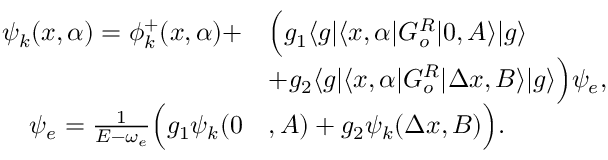
\begin{array} { r l } { \psi _ { k } ( x , \alpha ) = \phi _ { k } ^ { + } ( x , \alpha ) + } & { \Big ( g _ { 1 } \langle g | \langle x , \alpha | G _ { o } ^ { R } | 0 , A \rangle | g \rangle } \\ & { + g _ { 2 } \langle g | \langle x , \alpha | G _ { o } ^ { R } | \Delta x , B \rangle | g \rangle \Big ) \psi _ { e } , } \\ { \psi _ { e } = \frac { 1 } { E - \omega _ { e } } \Big ( g _ { 1 } \psi _ { k } ( 0 } & { , A ) + g _ { 2 } \psi _ { k } ( \Delta x , B ) \Big ) . } \end{array}